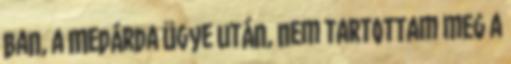
ban, a Medárda ügye után, nem tartottam meg a